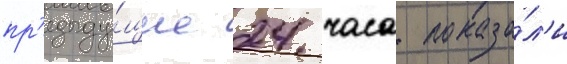
пр'едыду́щие 24 часа показа́л'и